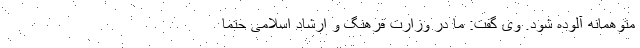
متوهمانه آلوده شود. وی گفت: ما در وزارت فرهنگ و ارشاد اسلامی حتماً